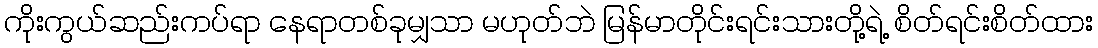
ကိုးကွယ်ဆည်းကပ်ရာ နေရာတစ်ခုမျှသာ မဟုတ်ဘဲ မြန်မာတိုင်းရင်းသားတို့ရဲ့ စိတ်ရင်းစိတ်ထား